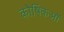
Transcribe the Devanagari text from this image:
कोषिकओं